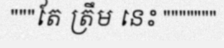
"""តែ ត្រឹម នេះ """""""